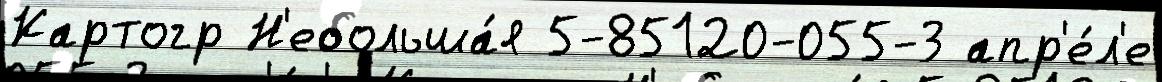
Картогр Н'ебольша́я 5-85120-055-3 апр'е́л'е